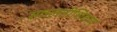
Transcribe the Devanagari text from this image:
सवलतीशिवाय